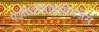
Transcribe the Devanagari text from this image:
एज़ीथ्रोमाइसीनजैसे